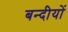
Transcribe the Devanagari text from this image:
बन्दीयों